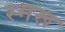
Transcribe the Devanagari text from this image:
स्मरू